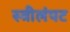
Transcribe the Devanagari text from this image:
स्त्रीलंपट